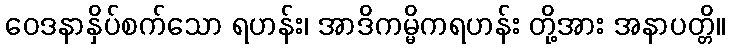
ဝေဒနာနှိပ်စက်သော ရဟန်း၊ အာဒိကမ္မိကရဟန်း တို့အား အနာပတ္တိ။